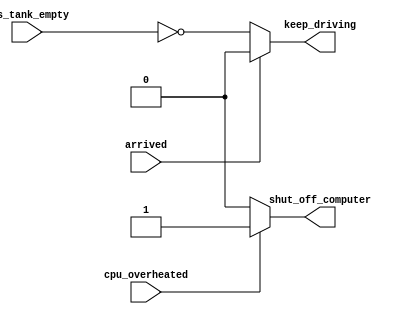
//always @(*) begin
//    if (cpu_overheated)
//       shut_off_computer = 1;
//end
//
//always @(*) begin
//    if (~arrived)
//       keep_driving = ~gas_tank_empty;
//end

//Warning (10240): Verilog HDL Always Construct warning at top_module.v(10): inferring latch(es) for variable "shut_off_computer", which holds its previous value in one or more paths through the always construct File: /var/www/verilog/work/vlgF6zPLY_dir/top_module.v Line: 10
//Warning (10240): Verilog HDL Always Construct warning at top_module.v(15): inferring latch(es) for variable "keep_driving", which holds its previous value in one or more paths through the always construct File: /var/www/verilog/work/vlgF6zPLY_dir/top_module.v Line: 15

//The following code contains incorrect behaviour that creates a latch. 
//Fix the bugs so that you will shut off the computer only if it's really overheated, 
//and stop driving if you've arrived at your destination or you need to refuel.

// synthesis verilog_input_version verilog_2001
module top_module (
    input      cpu_overheated,
    output reg shut_off_computer,
    input      arrived,
    input      gas_tank_empty,
    output reg keep_driving  );//

    always @(*) begin
        if (cpu_overheated)
           shut_off_computer = 1;
        else
           shut_off_computer = 0;
    end

    always @(*) begin
        if (~arrived)
            keep_driving = ~gas_tank_empty;
        else
            keep_driving = 0;
    end
endmodule